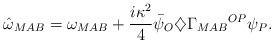
LaTeX: \begin{align*}{\hat\omega}_{MAB}=\omega_{MAB}+\frac{i\kappa^2}{4}{\bar\psi}_O\diamondsuit{\Gamma_{MAB}}^{OP}\psi_P.\end{align*}